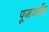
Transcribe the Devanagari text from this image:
पूजाअर्चेत